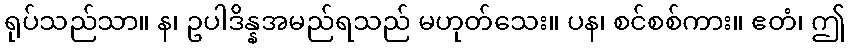
ရုပ်သည်သာ။ န၊ ဥပါဒိန္နအမည်ရသည် မဟုတ်သေး။ ပန၊ စင်စစ်ကား။ ဧတံ၊ ဤ